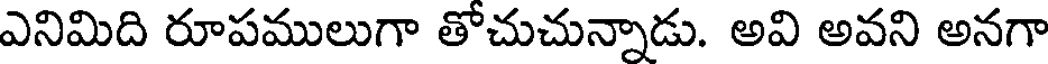
ఎనిమిది రూపములుగా తోచుచున్నాడు. అవి అవని అనగా